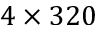
4 \times 3 2 0